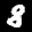
Label: 8